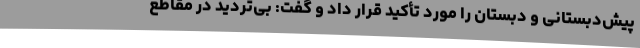
پیش‌دبستانی و دبستان را مورد تأکید قرار داد و گفت: بی‌تردید در مقاطع